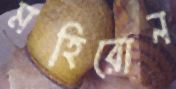
মহিরোন